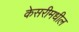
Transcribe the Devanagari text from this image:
केसरीमधील